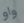
واو